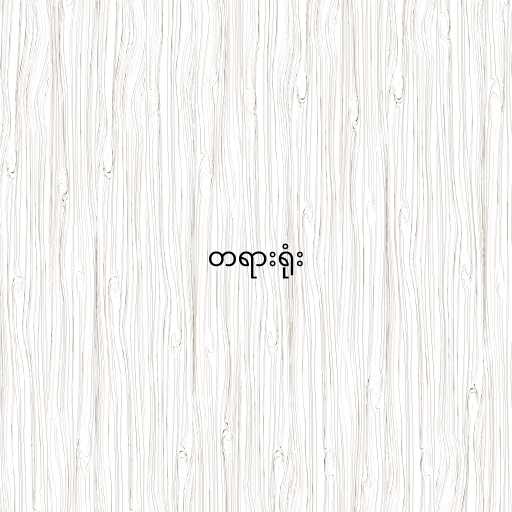
တရားရုံး